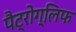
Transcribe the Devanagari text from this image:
पैट्रोग्लिफ